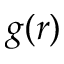
g ( r )